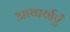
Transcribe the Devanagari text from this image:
आचार्याएँ